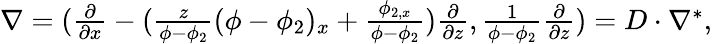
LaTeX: \begin{array}{r}{\nabla=(\frac{\partial}{\partial x}-(\frac{z}{\phi-\phi_{2}}(\phi-\phi_{2})_{x}+\frac{\phi_{2,x}}{\phi-\phi_{2}})\frac{\partial}{\partial z},\frac{1}{\phi-\phi_{2}}\frac{\partial}{\partial z})=D\cdot\nabla^{*},}\end{array}